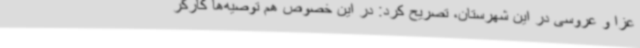
عزا و عروسی در این شهرستان، تصریح کرد: در این خصوص هم توصیه‌ها کارگر